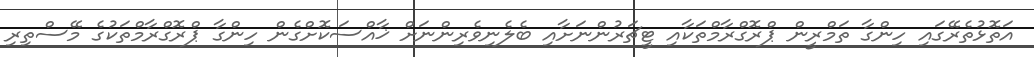
އަތޮޅުތެރޭގައި ހިންގާ ތަމްރީން ޕްރޮގްރާމްތަކާއި ޓީޗަރުންނަށާއި ބެލެނިވެރިންނަށް ޚާއްސަކޮށްގެން ހިންގާ ޕްރޮގްރާމްތަކުގެ މޭސްތިރި